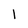
Character: 1